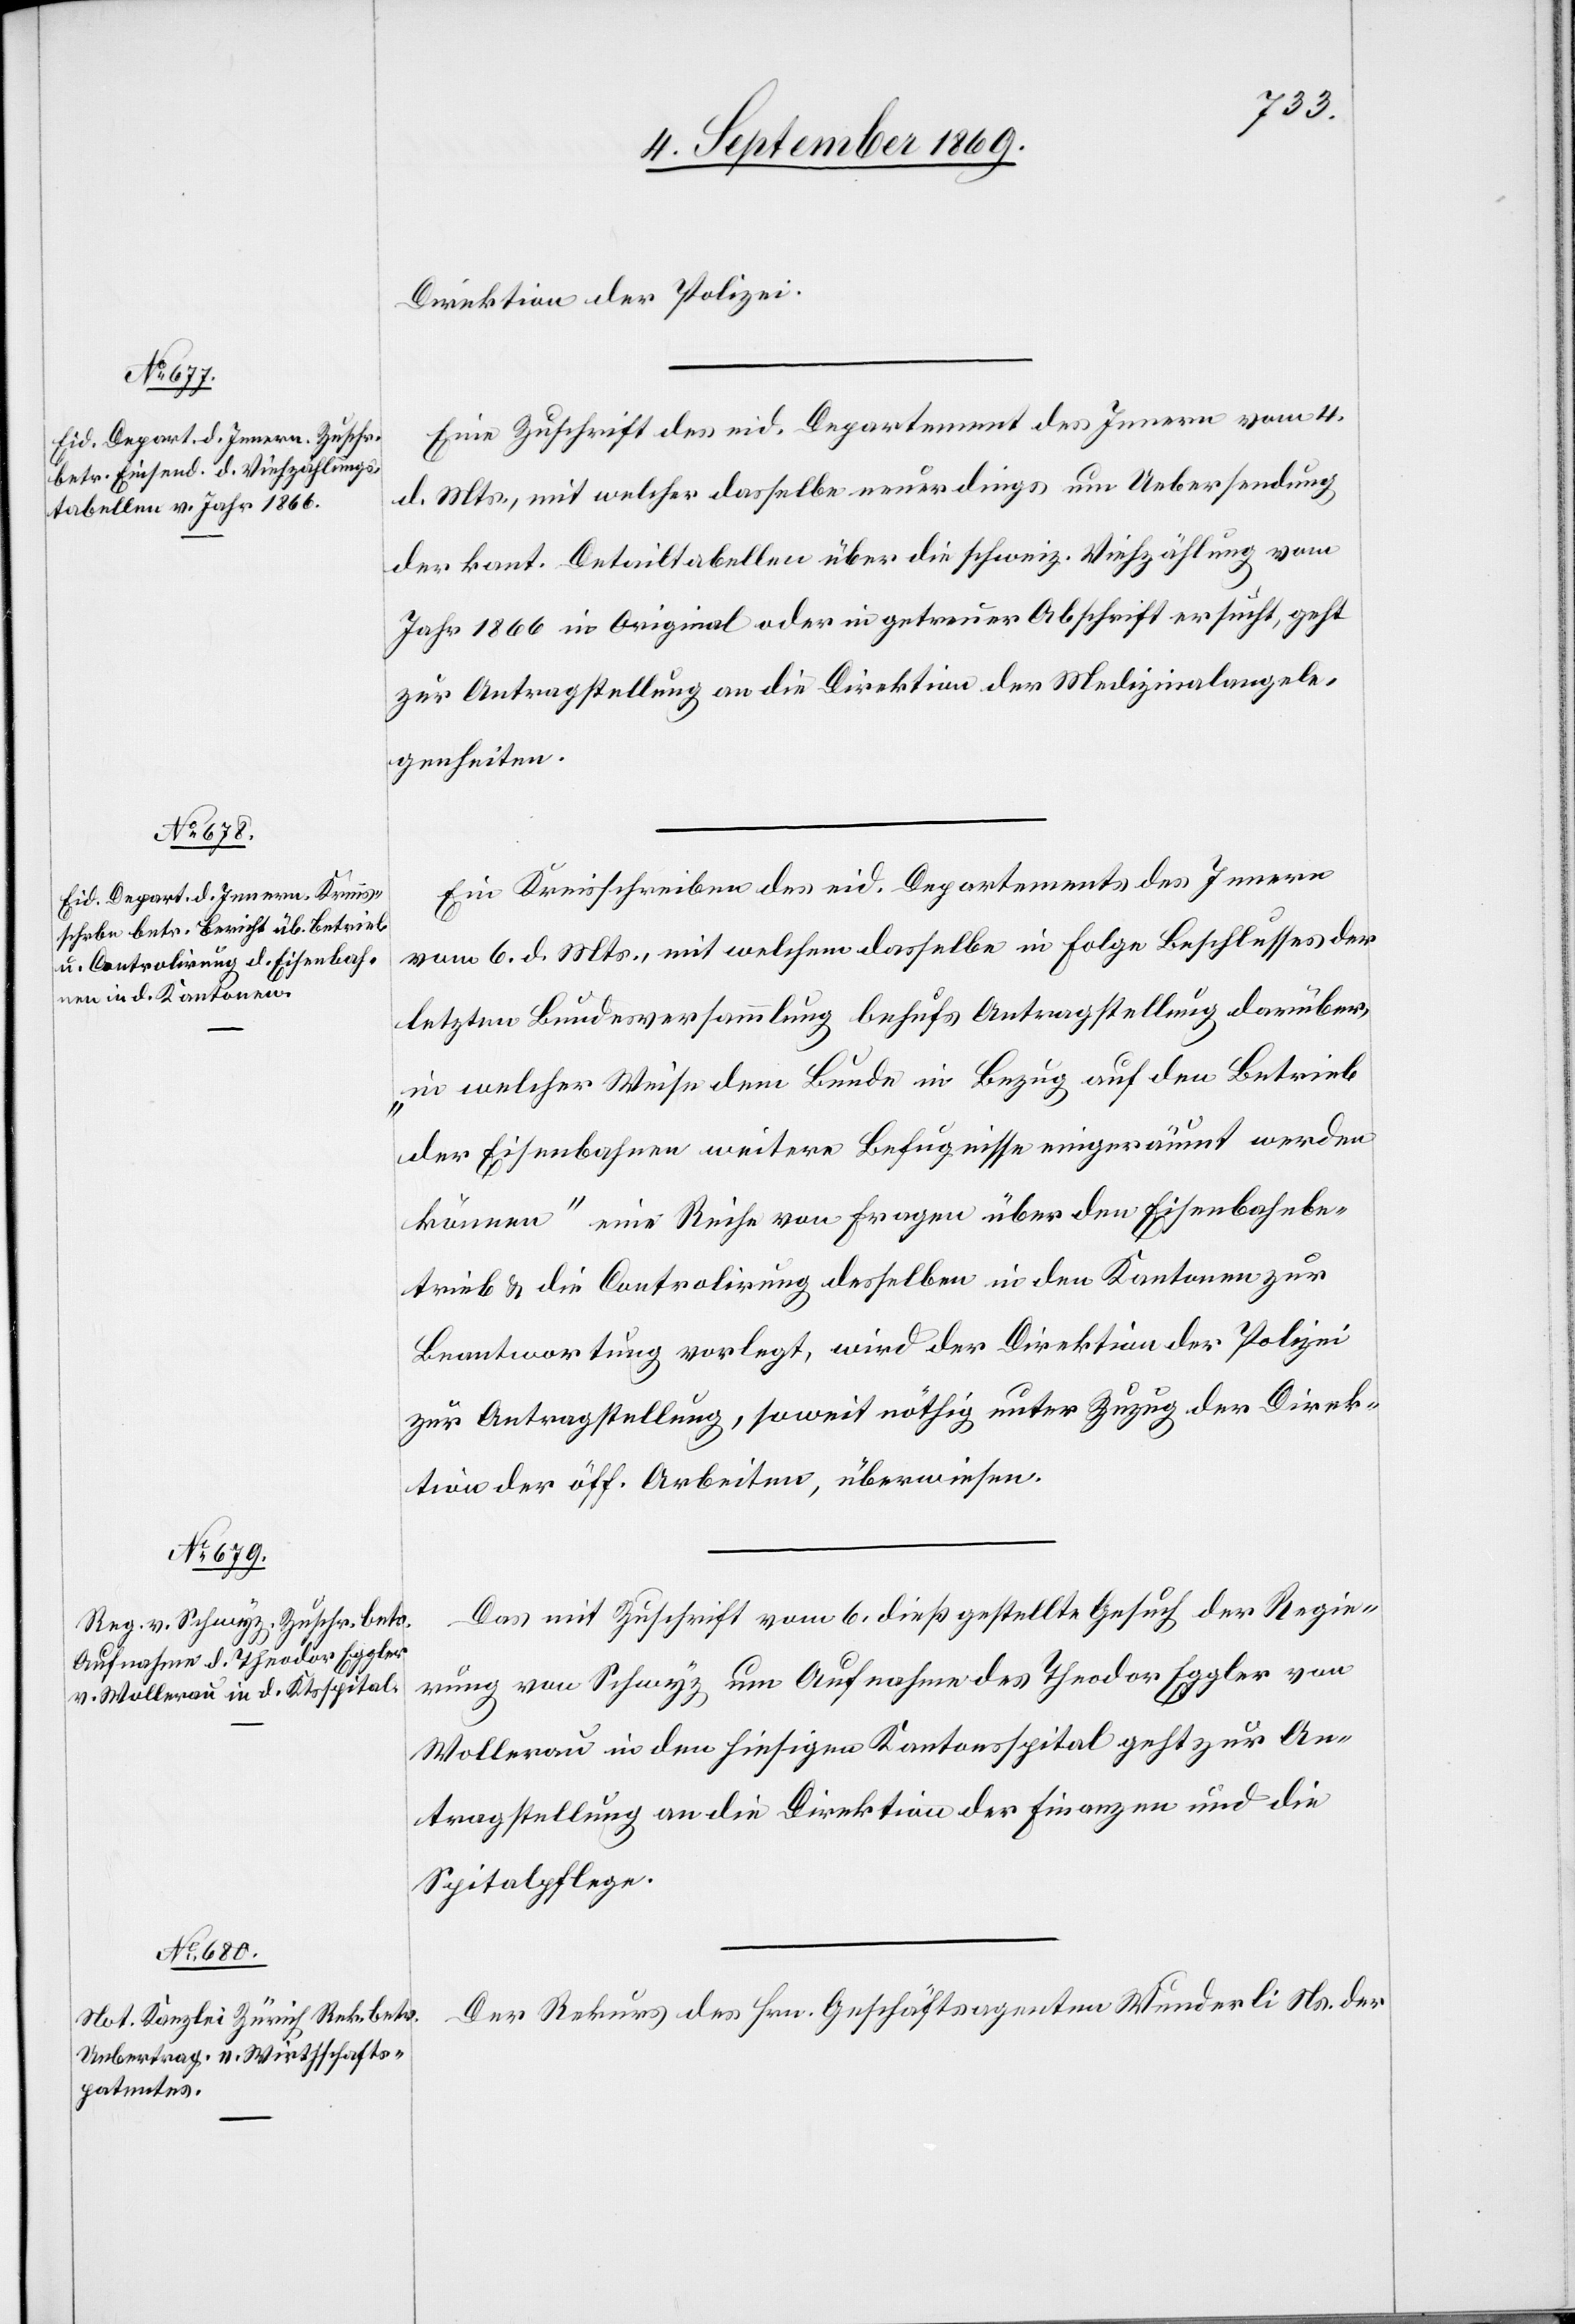
8. September 1869.]
Direktion der Polizei.
Eine Zuschrift des eid. Departement des Innern vom 4.
d. Mts., mit welcher dasselbe neuerdings um Uebersendung
der kant. Detailtabellen über die schweiz. Viehzählung vom
Jahr 1866 in Original oder in getreuer Abschrift ersucht, geht
zur Antragstellung an die Direktion der Medizinalangele¬
genheiten.
Ein Kreisschreiben des eid. Departements des Innern
vom 6. d. Mts., mit welchem dasselbe in Folge Beschlusses der
letzten Bundesversammlung behufs Antragstellung darüber,
„in welcher Weise dem Bunde in Bezug auf den Betrieb
der Eisenbahnen weitere Befugnisse eingeräumt werden
können“ eine Reihe von Fragen über den Eisenbahnbe¬
trieb & die Controlirung desselben in den Kantonen zur
Beantwortung vorlegt, wird der Direktion der Polizei
zur Antragstellung, soweit nöthig unter Zuzug der Direk¬
tion der öff. Arbeiten, überwiesen.
Das mit Zuschrift vom 6. dieß gestellte Gesuch der Regie¬
rung von Schwyz um Aufnahme des Theodor Eggler von
Wollerau in den hiesigen Kantonsspital geht zur An¬
tragstellung an die Direktion der Finanzen und die
Spitalpflege.
Der Rekurs des Hrn. Geschäftsagenten Wunderli Ns. der